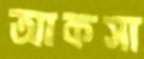
আকসা